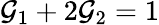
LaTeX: \mathcal{G}_{1}+2\mathcal{G}_{2}=1